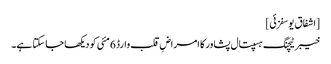
[اشفاق یوسفزئی]
خیبر ٹیچنگ ہسپتال پشاور کا امراضِ قلب وارڈ 6 مئی کو دیکھا جا سکتا ہے۔